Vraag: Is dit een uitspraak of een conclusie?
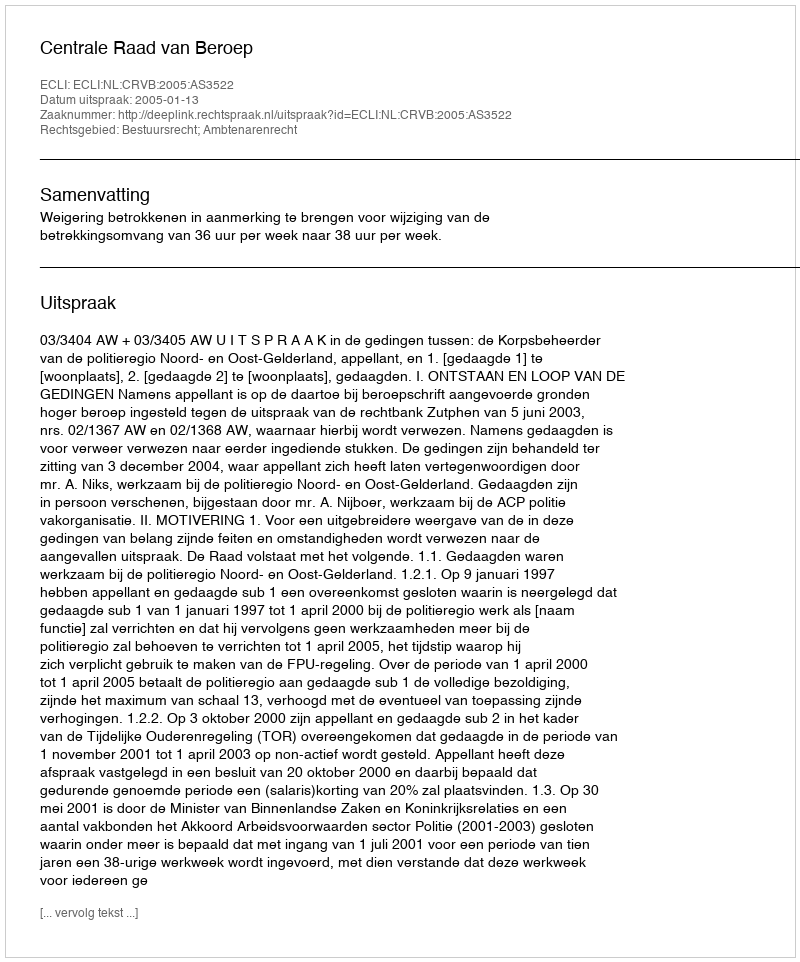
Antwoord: Uitspraak